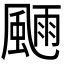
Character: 𩗿